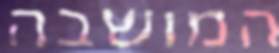
המושבה